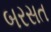
બરસત